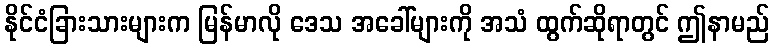
နိုင်ငံခြားသားများက မြန်မာလို ဒေသ အခေါ်များကို အသံ ထွက်ဆိုရာတွင် ဤနာမည်